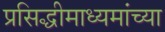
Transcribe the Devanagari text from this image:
प्रसिद्धीमाध्यमांच्या